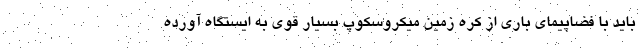
باید با فضاپیمای باری از کره زمین میکروسکوپ بسیار قوی به ایستگاه آورده